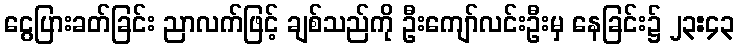
ငွေပြားခတ်ခြင်း ညာလက်ဖြင့် ချစ်သည်ကို ဦးကျော်လင်းဦးမှ နေခြင်း၌ ၂၃:၄၃